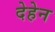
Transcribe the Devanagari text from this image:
देहेन